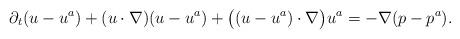
LaTeX: \begin{align*}\partial_t ( u-u^a) + (u\cdot \nabla) (u-u^a) +\bigl((u-u^a) \cdot \nabla \bigr) u^a = - \nabla (p-p^a).\end{align*}